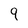
Character: 9